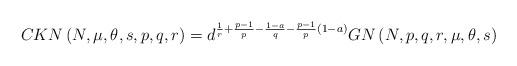
LaTeX: \begin{align*}CKN\left( N,\mu,\theta,s,p,q,r\right) =d^{\frac{1}{r}+\frac{p-1}{p}-\frac{1-a}{q}-\frac{p-1}{p}\left( 1-a\right) }GN\left( N,p,q,r,\mu,\theta,s\right)\end{align*}